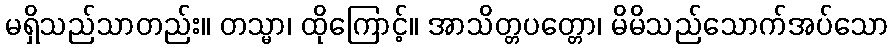
မရှိသည်သာတည်း။ တသ္မာ၊ ထိုကြောင့်။ အာသိတ္တပတ္တော၊ မိမိသည်သောက်အပ်သော